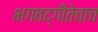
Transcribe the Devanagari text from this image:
भगवद्गीतेचाच